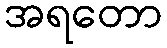
အရတော